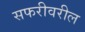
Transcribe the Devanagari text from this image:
सफरीवरील